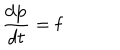
LaTeX: \frac { d { \bf p } } { d t } = { \bf f }